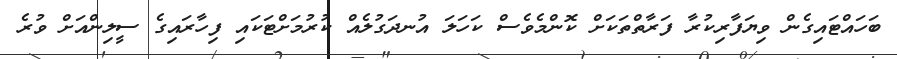
ބަހައްޓައިގެން ވިޔަފާރިކުރާ ފަރާތްތަކަށް ކޮންމެވެސް ކަހަަލަ އުނދަގުލެއް ކުރުމަށްޓަކައި ފިހާރައިގެ ސީލިންއަށް ވުރެ